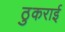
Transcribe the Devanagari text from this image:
ठुकराई